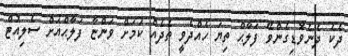
ދެކެ ދެނެވޮޑިގެންވޭ ފަލާޙް ތިޔަ ހެއްދެވީ ތެދެއް ކަމަށް ވަންޏާ ފަލާޙްއަށް ސެލިއުޓް